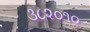
૩૮૨૦૧૦